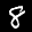
Label: 8